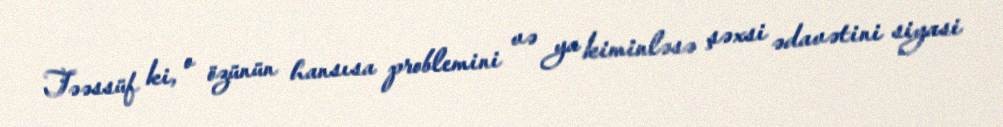
Təəssüf ki, o özünün hansısa problemini və ya kiminləsə şəxsi ədavətini siyasi